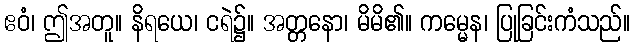
ဧဝံ၊ ဤအတူ။ နိရယေ၊ ငရဲ၌။ အတ္တနော၊ မိမိ၏။ ကမ္မေန၊ ပြုခြင်းကံသည်။